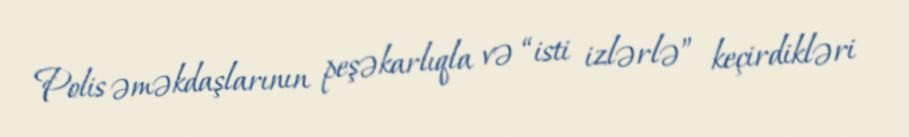
Polis əməkdaşlarının peşəkarlıqla və “isti izlərlə” keçirdikləri